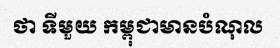
ថា ទីមួយ កម្ពុជាមានបំណុល